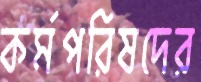
কর্মপরিষদের